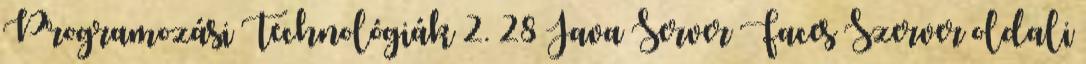
Programozási Technológiák 2. 28 Java Server Faces Szerver oldali